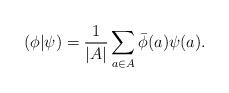
LaTeX: \begin{align*} (\phi|\psi)=\frac{1}{|A|}\sum_{a\in A}\bar\phi(a)\psi(a).\end{align*}